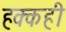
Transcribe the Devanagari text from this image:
हक्कही